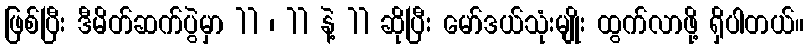
ဖြစ်ပြီး ဒီမိတ်ဆက်ပွဲမှာ 11 ၊ 11 နဲ့ 11 ဆိုပြီး မော်ဒယ်သုံးမျိုး ထွက်လာဖို့ ရှိပါတယ်။